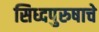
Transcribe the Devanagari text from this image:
सिध्दपुरुषाचे